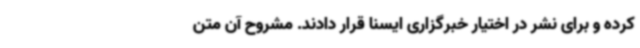
کرده و برای نشر در اختیار خبرگزاری ایسنا قرار دادند. مشروح آن متن